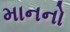
માનનો